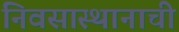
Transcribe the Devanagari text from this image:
निवसास्थानाची